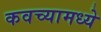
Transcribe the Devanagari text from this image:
कवच्यामध्ये